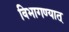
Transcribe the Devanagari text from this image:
विभागण्यात्